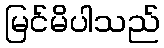
မြင်မိပါသည်